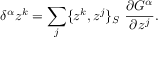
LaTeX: \delta ^ { \alpha } z ^ { k } = \sum _ { j } \{ z ^ { k } , z ^ { j } \} _ { S } \ \frac { \partial G ^ { \alpha } } { \partial z ^ { j } } .